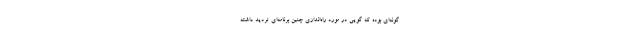
گونه‌ای بوده که گویی در مورد راه‌اندازی چنین برنامه‌ای تردید داشته